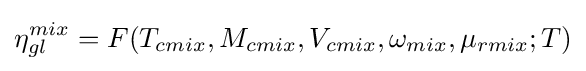
\eta _{gl}^{mix}=F(T_{cmix},M_{cmix},V_{cmix},\omega _{mix},\mu _{rmix};T)